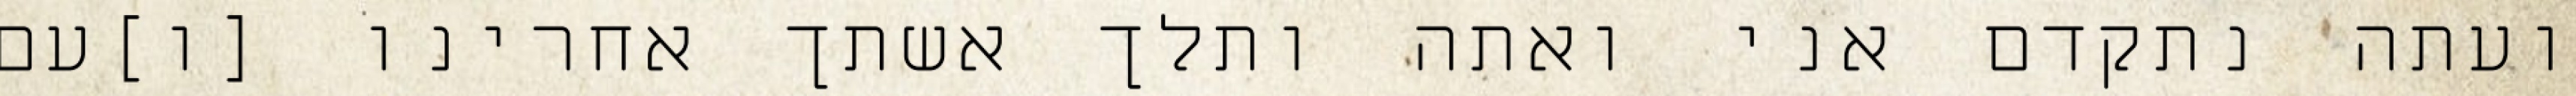
ועתה נתקדם אני ואתה ותלך אשתך אחרינו [ו]עם